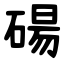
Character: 碭